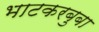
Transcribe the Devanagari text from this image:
भाटकरबुबा